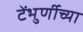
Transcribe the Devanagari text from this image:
टेंभुर्णीच्या